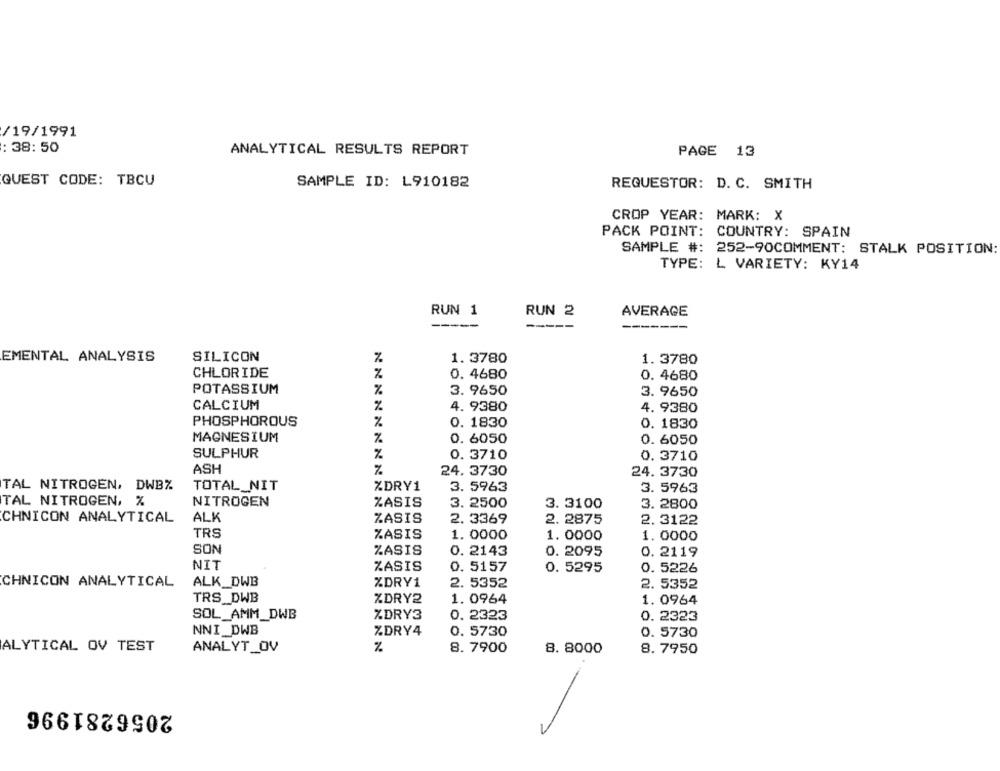
/19/1991
: 38:50
ANALYTICAL RESULTS REPORT
PAGE 13
QUEST CODE: TBCU
SAMPLE ID: L910182
REQUESTOR: D. C. SMITH
CROP YEAR: MARK: X
PACK POINT: COUNTRY: SPAIN
SAMPLE #: 252-90COMMENT: STALK POSITION:
TYPE: L VARIETY: KY14
RUN 1
RUN 2
AVERAGE
-----
EMENTAL ANALYSIS
SILICON
%
1.3780
1. 3780
CHLORIDE
0. 4680
0. 4680
POTASSIUM
3. 9650
3. 9650
CALCIUM
%
4. 9380
4. 9380
PHOSPHOROUS
%
0. 1830
0. 1830
MAGNESIUM
%
0. 6050
0. 6050
SULPHUR
%
0. 3710
0. 3710
ASH
%
24. 3730
24. 3730
TAL NITROGEN, DWBZ
TOTAL_NIT
ZDRY1
3. 5963
3. 5963
NITROGEN
TAL NITROGEN, %
%ASIS
3. 2500
3. 3100
3. 2800
CHNICON ANALYTICAL
ALK
ZASIS
2. 3369
2. 2875
2. 3122
TRS
%ASIS
1.0000
1. 0000
1. 0000
SON
ZASIS
0. 2143
0. 2095
0. 2119
NIT
ZASIS
0. 5157
0. 5295
0. 5226
CHNICON ANALYTICAL
ALK_DWB
%DRY1
2. 5352
2. 5352
TRS_DWB
ZDRY2
1. 0964
1. 0964
SOL_AMM_DWB
ZDRY3
0. 2323
0. 2323
NNI_DWB
%DRY4
0. 5730
0.5730
ALYTICAL OV TEST
%
8. 7900
ANALYT_OV
8. 8000
8.7950
2056281996